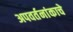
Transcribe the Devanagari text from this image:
अपवर्तनांकाचे